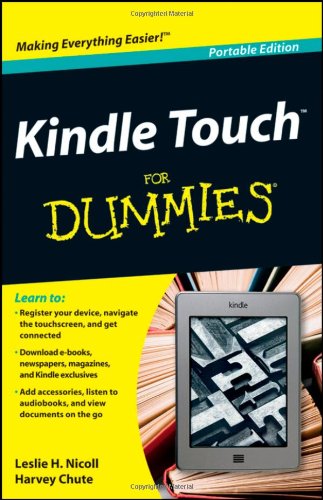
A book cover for Kindle Touch For Dummies Portable Edition; Harvey Chute; Computers & Technology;